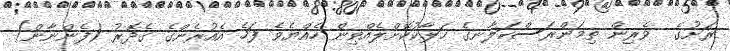
ރަށުގެ  ވެރިން ތިމަންރަސްކަލާނގެ ހަލާކުކޮށްލެއްވިން ހެއްޔެވެ ފަހެ އެއުރެންގެ ގެދޮރު (ފެންނާން)